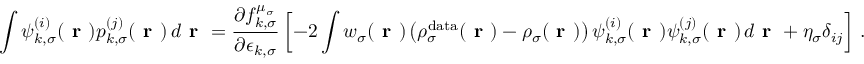
\int \psi _ { k , \sigma } ^ { ( i ) } ( \boldsymbol { \textbf { r } } ) p _ { k , \sigma } ^ { ( j ) } ( \boldsymbol { \textbf { r } } ) \, d \boldsymbol { \textbf { r } } = \frac { \partial f _ { k , \sigma } ^ { \mu _ { \sigma } } } { \partial \epsilon _ { k , \sigma } } \left[ - 2 \int w _ { \sigma } ( \boldsymbol { \textbf { r } } ) \left( \rho _ { \sigma } ^ { \mathrm { d a t a } } ( \boldsymbol { \textbf { r } } ) - \rho _ { \sigma } ( \boldsymbol { \textbf { r } } ) \right) \psi _ { k , \sigma } ^ { ( i ) } ( \boldsymbol { \textbf { r } } ) \psi _ { k , \sigma } ^ { ( j ) } ( \boldsymbol { \textbf { r } } ) \, d \boldsymbol { \textbf { r } } + \eta _ { \sigma } \delta _ { i j } \right] \, .